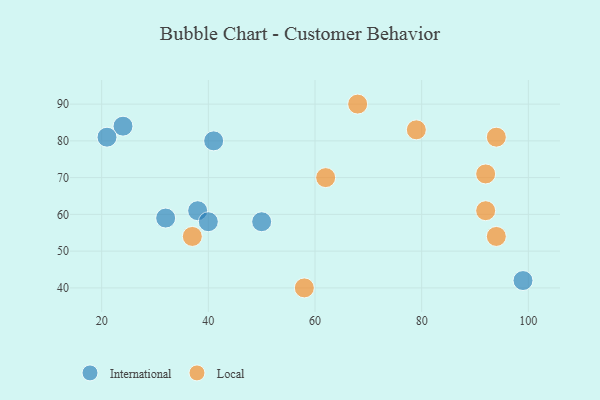
{"axis": {"x": "GDP", "y": "Life Expectancy"}, "legend": ["International", "Local"], "data": [{"x": "24", "y": 84, "type": "International"}, {"x": "99", "y": 42, "type": "International"}, {"x": "50", "y": 58, "type": "International"}, {"x": "32", "y": 59, "type": "International"}, {"x": "41", "y": 80, "type": "International"}, {"x": "21", "y": 81, "type": "International"}, {"x": "38", "y": 61, "type": "International"}, {"x": "40", "y": 58, "type": "International"}, {"x": "79", "y": 83, "type": "Local"}, {"x": "58", "y": 40, "type": "Local"}, {"x": "62", "y": 70, "type": "Local"}, {"x": "92", "y": 61, "type": "Local"}, {"x": "68", "y": 90, "type": "Local"}, {"x": "92", "y": 71, "type": "Local"}, {"x": "94", "y": 54, "type": "Local"}, {"x": "94", "y": 81, "type": "Local"}, {"x": "37", "y": 54, "type": "Local"}]}